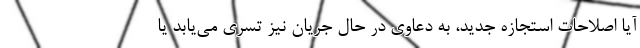
آیا اصلاحات استجازه جدید، به دعاوی در حال جریان نیز تسری می‌یابد یا